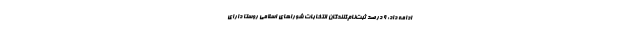
ادامه داد: ۹ درصد ثبت‌نام‌کنندگان انتخابات شوراهای اسلامی روستا دارای